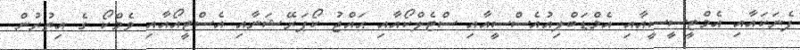
ފެނަކައާއި އެމްޓީސީސީއާއި އެމްޑަބްލިއުއެސްސީއާއި ސްޓެލްކޯއާއި ޙައްޖު ކޯޕަރޭޝަނާއި އެސްޓީއޯއާއި ވެމްކޯ ގެ އިތުރުން